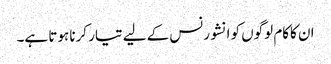
ان کاکام لوگوں کو انشورنس کے لیے تیار کرنا ہوتا ہے۔